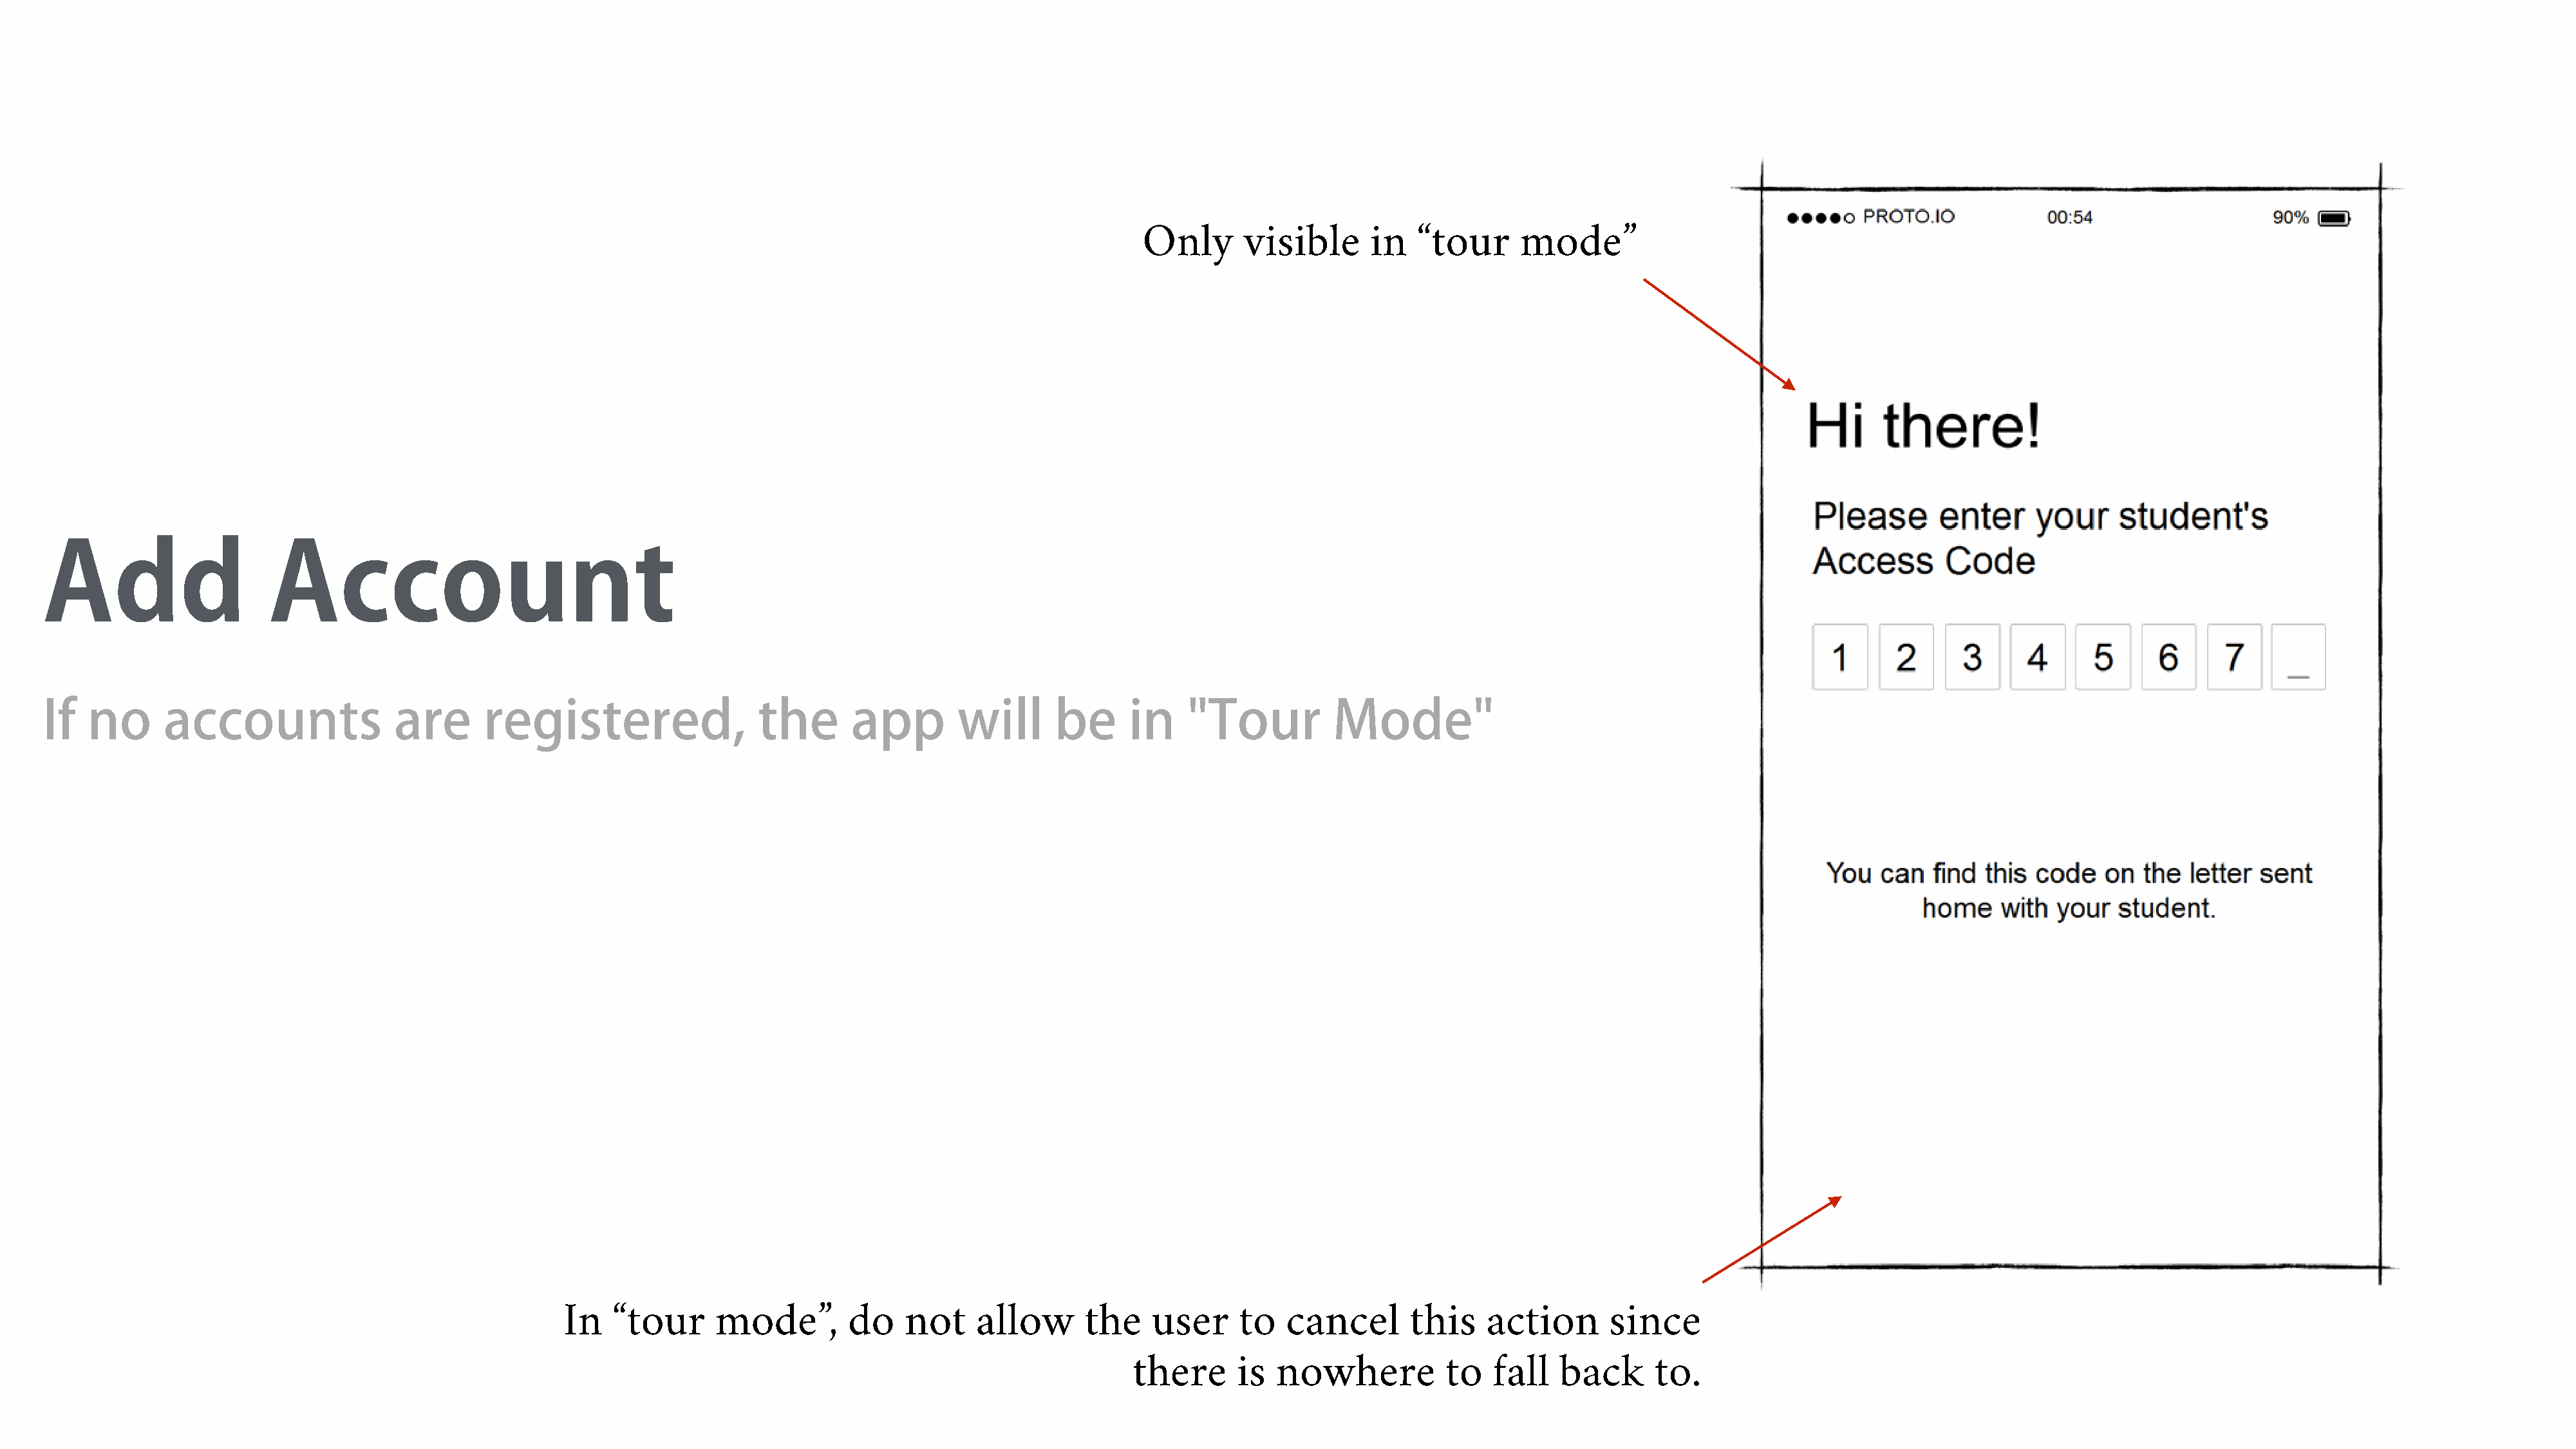
Only       visible      in   “tour     mode”
 Add                     Account
 If   no      accounts                are      registered,                 the      app        will      be      in    "Tour          Mode"
 In   “tour      mode”,       do    not    allow      the    user     to   cancel       this    action      since
 there      is  nowhere           to  fall   back      to.